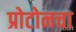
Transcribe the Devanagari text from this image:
प्रोटोनचा